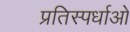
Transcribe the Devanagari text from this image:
प्रतिस्पर्धाओ